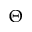
\Theta